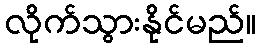
လိုက်သွားနိုင်မည်။